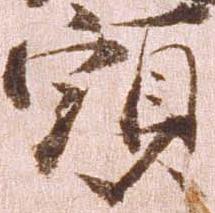
頭